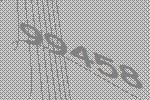
99458